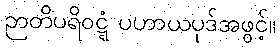
ဉာတိပရိဝဋ္ဋံ ပဟာယပုဒ်အဖွင့်။